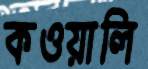
কওয়ালি